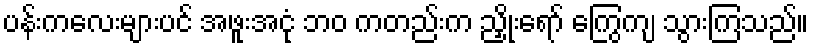
ပန်းကလေးများပင် အဖူးအငုံ ဘဝ ကတည်းက ညှိုးရော် ကြွေကျ သွားကြသည်။